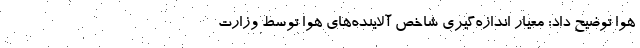
هوا توضیح داد: معیار اندازه‌گیری شاخص آلاینده‌های هوا توسط وزارت